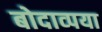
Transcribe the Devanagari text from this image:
बोदाव्पया